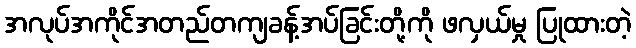
အလုပ်အကိုင်အတည်တကျခန့်အပ်ခြင်းတို့ကို ဖလှယ်မှု ပြုထားတဲ့